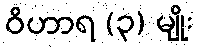
ဝိဟာရ (၃) မျိုး